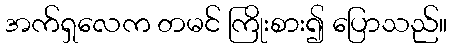
အက်ရှလေက တမင် ကြိုးစား၍ ပြောသည်။